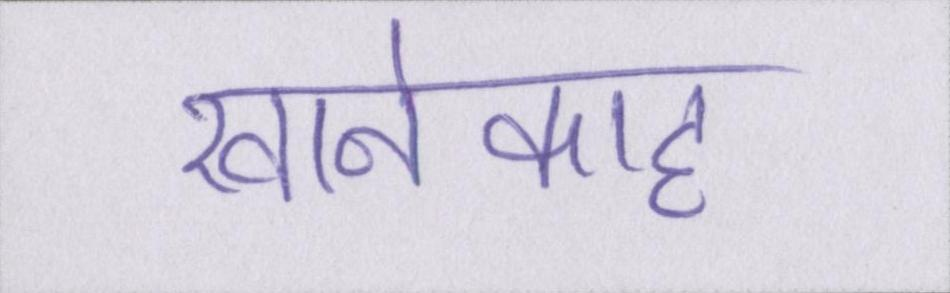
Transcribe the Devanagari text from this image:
खानेकाह